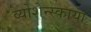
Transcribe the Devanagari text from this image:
व्योशेन्स्काया